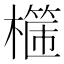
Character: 𣛈